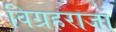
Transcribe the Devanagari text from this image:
विग्रहराजा